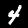
Digit: 4